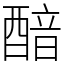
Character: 䤃